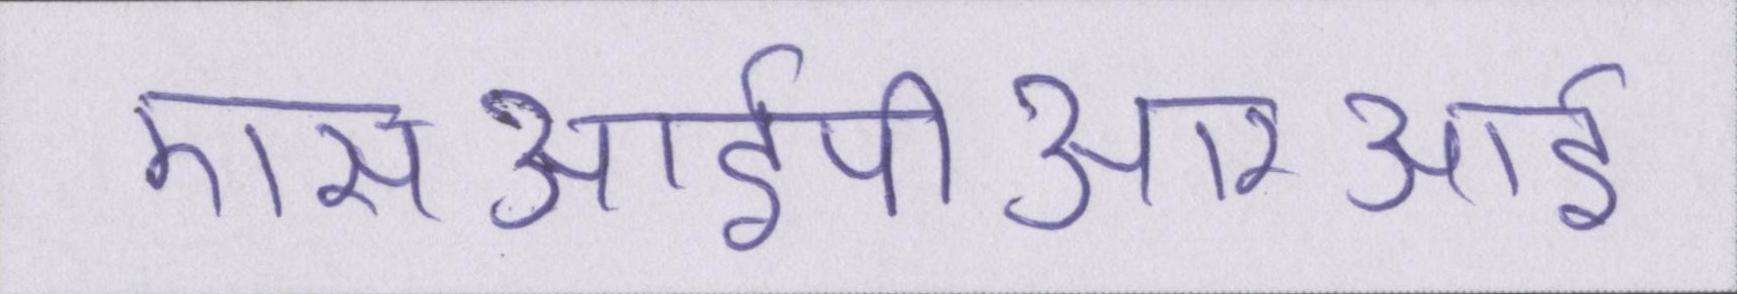
एसआईपीआरआई